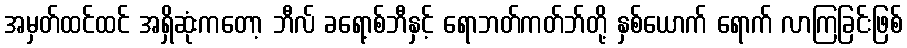
အမှတ်ထင်ထင် အရှိဆုံးကတော့ ဘီလ် ခရော့စ်ဘီနှင့် ရောဘတ်ကတ်ဘ်တို့ နှစ်ယောက် ရောက် လာကြခြင်းဖြစ်